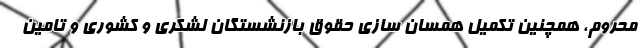
محروم، همچنین تکمیل همسان سازی حقوق بازنشستگان لشکری و کشوری و تامین